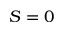
S = 0